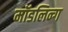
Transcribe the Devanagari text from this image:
मॉडलिन्ग